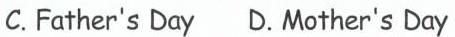
C.Father's Day D.Mother's Day